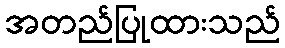
အတည်ပြုထားသည်